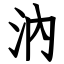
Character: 汭